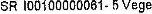
SR I00100000061- 5 VEGE